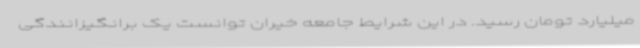
میلیارد تومان رسید. در این شرایط جامعه خیران توانست یک برانگیزانندگی